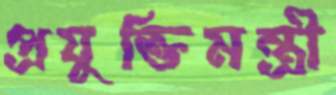
প্রযুক্তিমন্ত্রী